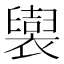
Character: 𧞜